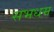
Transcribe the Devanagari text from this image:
सभधम